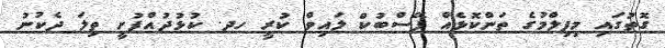
ގޮތުގައި މިފިލްމުގެ ތަންކޮޅެއް ފޭސްބުކް ލައިވް ކުރީ ހދ. ކުޅުދުއްފުށީ ތިލަ ދެކުނު